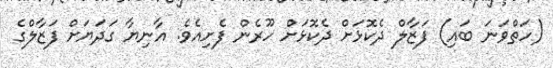
(ހަތްވަނަ ބައި) ފަޒާލް ދެކޮޅަށް ދެކޮޅަށް ހޫރެން ފެށިއެވެ. އާނިޔާ ގަދަޔަށް ފަޒާލްގެ